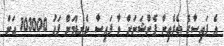
އެ ފައިސާގެ ތެރެއިން ޕެންޝަނަށް ވާ ފައިސާ ކެނޑުމަށް ފަހު 103000 އަށް